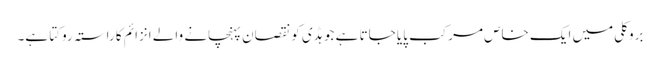
بروکلی میں ایک خاص مرکب پایا جاتا ہے جو ہڈی کو نقصان پہنچانے والے انزائم کا راستہ روکتا ہے۔